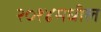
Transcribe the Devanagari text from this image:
२०१४मधील